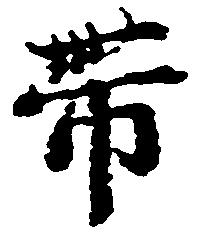
帯